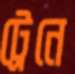
ট্রেনে